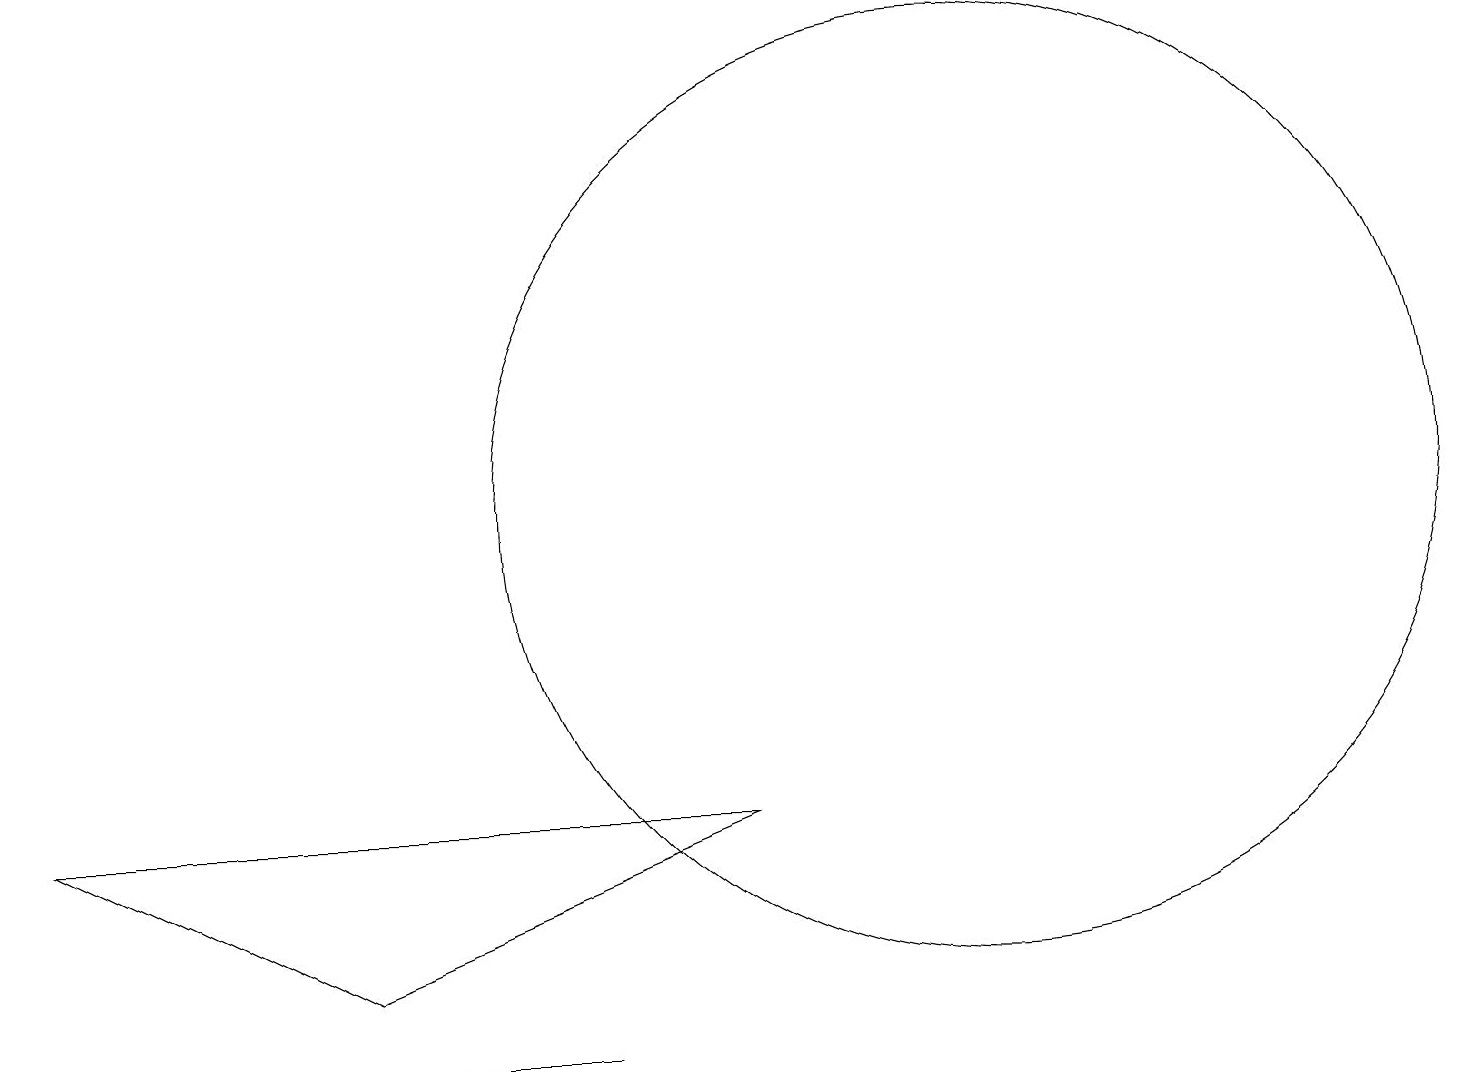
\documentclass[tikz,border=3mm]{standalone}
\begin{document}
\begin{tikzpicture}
\draw (9,6) -- (4,4) -- (0,6) -- cycle;
\draw (12,10) circle (6);
\draw (7,3) -- (4,3) -- (4,3) -- cycle;
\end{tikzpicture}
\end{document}